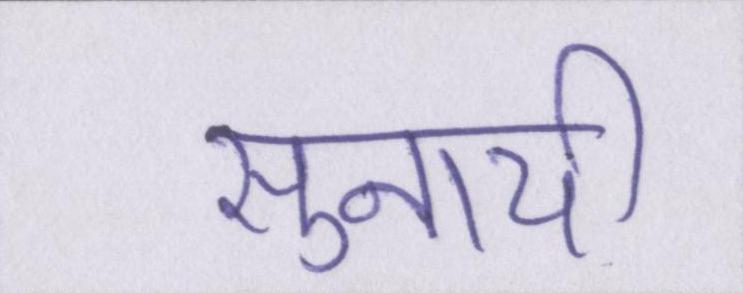
सुनायी